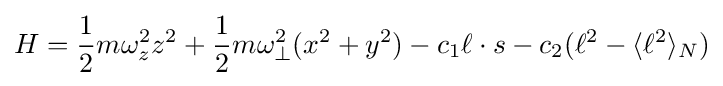
H={\frac {1}{2}}m\omega _{z}^{2}z^{2}+{\frac {1}{2}}m\omega _{\perp }^{2}(x^{2}+y^{2})-c_{1}\ell \cdot s-c_{2}(\ell ^{2}-\langle \ell ^{2}\rangle _{N})